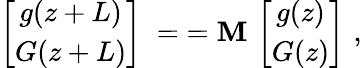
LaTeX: \left[\begin{array}{cc}{g(z+L)}\\ {G(z+L)}\end{array}\right]\; =\; =\texttt{\textbf{M}}\, \left[\begin{array}{cc}{g(z)}\\ {G(z)}\end{array}\right]\, \, ,